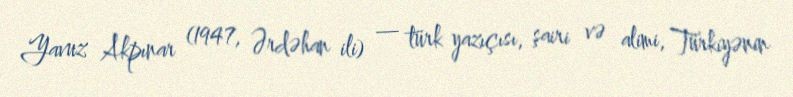
Yavuz Akpınar (1947, Ərdəhan ili) — türk yazıçısı, şairi və alimi, Türkiyənin